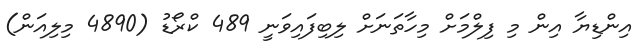
އިންޑިޔާ އިން މި ފިލްމަށް މިހާތަނަށް ލިބިފައިވަނީ 489 ކްރޯޑު (4890 މިލިއަން)